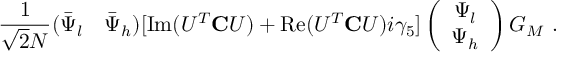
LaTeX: \frac { 1 } { \sqrt { 2 } N } ( \bar { \Psi } _ { l } \quad \bar { \Psi } _ { h } ) [ \mathrm { I m } ( U ^ { T } { \bf C } U ) + \mathrm { R e } ( U ^ { T } { \bf C } U ) i \gamma _ { 5 } ] \left( \begin{array} { c } { { \Psi _ { l } } } \\ { { \Psi _ { h } } } \end{array} \right) G _ { M } \ .